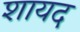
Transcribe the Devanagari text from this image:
शायद